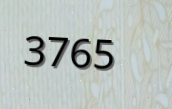
3765